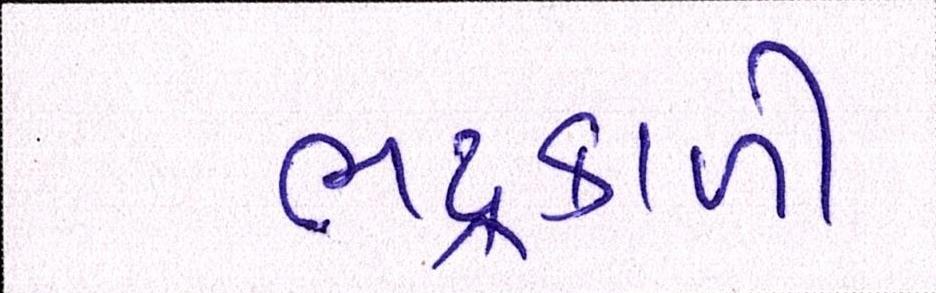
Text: ભદ્રકાળી